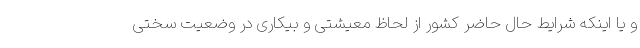
و یا اینکه شرایط حال حاضر کشور از لحاظ معیشتی و بیکاری در وضعیت سختی